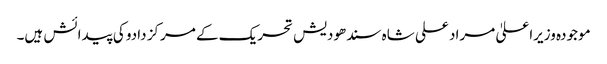
موجودہ وزیراعلیٰ مراد علی شاہ سندھودیش تحریک کے مرکز دادو کی پیدائش ہیں۔